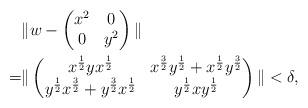
LaTeX: \begin{align*}&\|w-\begin{pmatrix}x^2 & 0\\0 & y^2\end{pmatrix}\| \\=&\| \begin{pmatrix}x^{\frac{1}{2}}yx^{\frac{1}{2}} & x^{\frac{3}{2}}y^{\frac{1}{2}}+x^{\frac{1}{2}}y^{\frac{3}{2}}\\y^{\frac{1}{2}}x^{\frac{3}{2}}+y^{\frac{3}{2}}x^{\frac{1}{2}} & y^{\frac{1}{2}}xy^{\frac{1}{2}}\end{pmatrix}\|<\delta,\end{align*}